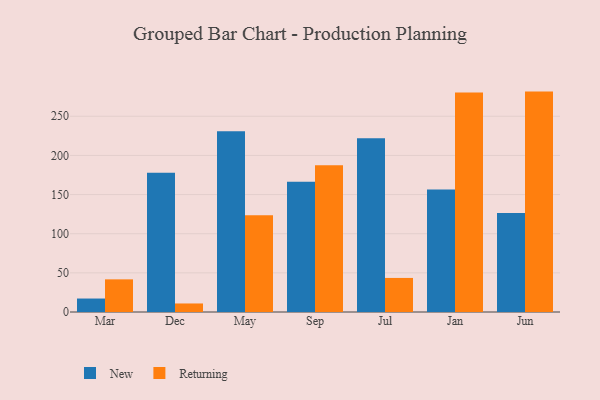
{"axis": {"x": "Month", "y": "Energy Usage (MWh)"}, "legend": ["New", "Returning"], "data": [{"x": "Mar", "y": 17.2, "type": "New"}, {"x": "Mar", "y": 41.7, "type": "Returning"}, {"x": "Dec", "y": 177.9, "type": "New"}, {"x": "Dec", "y": 10.9, "type": "Returning"}, {"x": "May", "y": 230.8, "type": "New"}, {"x": "May", "y": 123.5, "type": "Returning"}, {"x": "Sep", "y": 166.4, "type": "New"}, {"x": "Sep", "y": 187.5, "type": "Returning"}, {"x": "Jul", "y": 221.8, "type": "New"}, {"x": "Jul", "y": 43.5, "type": "Returning"}, {"x": "Jan", "y": 156.5, "type": "New"}, {"x": "Jan", "y": 280.4, "type": "Returning"}, {"x": "Jun", "y": 126.4, "type": "New"}, {"x": "Jun", "y": 281.5, "type": "Returning"}]}